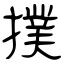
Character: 撲